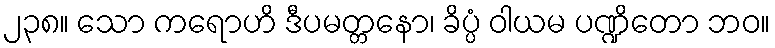
၂၃၈။ သော ကရောဟိ ဒီပမတ္တနော၊ ခိပ္ပံ ဝါယမ ပဏ္ဍိတော ဘဝ။